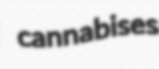
cannabises